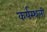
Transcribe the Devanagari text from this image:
कर्यस्थली